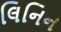
લિનિન